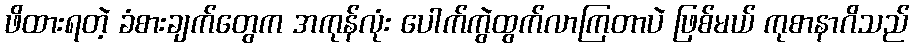
ဖိထားရတဲ့ ခံစားချက်တွေက အကုန်လုံး ပေါက်ကွဲထွက်လာကြတာပဲ ဖြစ်မယ် ကုစာနာဂိသည်